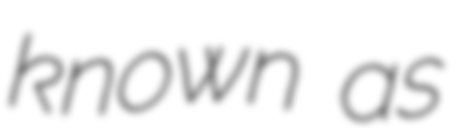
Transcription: known as